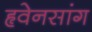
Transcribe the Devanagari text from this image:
हृवेनसांग